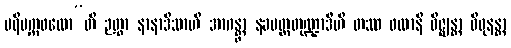
ပရိပက္ကဖလော”တိ ဉတွာ နာနာဒိသာဟိ အာဂန္တွာ နခပတ္တတုဏ္ဍာဒီဟိ တဿ ဖလာနိ ဝိဇ္ဈန္တာ ဝိဓုနန္တာ